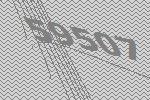
59507